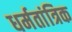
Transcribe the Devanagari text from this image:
धर्मतांत्रिक